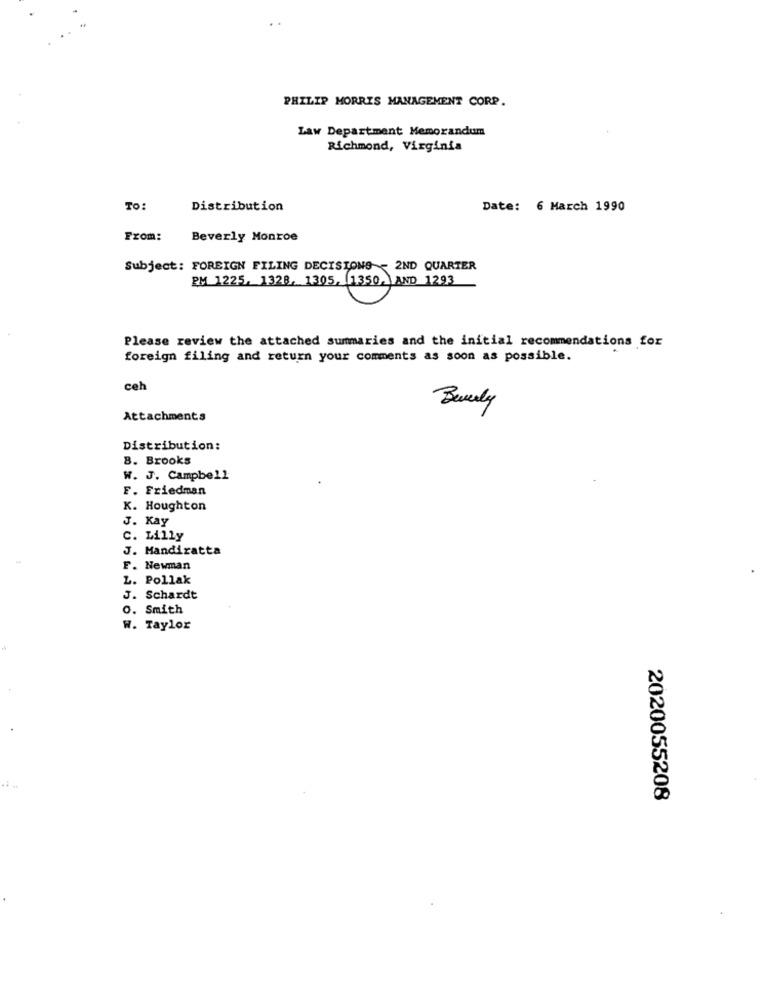
PHILIP MORRIS MANAGEMENT CORP.
Law Department Memorandum
Richmond, Virginia
TO:
Distribution
Date: 6 March 1990
From:
Beverly Monroe
Subject: FOREIGN FILING DECISIONS - 2ND QUARTER
Please review the attached summaries and the initial recommendations for
foreign filing and return your comments as soon as possible.
ceh
Beverly
Attachments
Distribution:
8. Brooks
W. J. Campbell
F. Friedman
K. Houghton
J. Kay
C. Lilly
J. Mandiratta
F. Newman
L. Pollak
J. Schardt
O. Smith
W. Taylor
2020055208